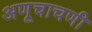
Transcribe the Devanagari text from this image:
अणूचाचणी